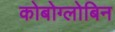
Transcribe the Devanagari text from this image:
कोबोग्लोबिन